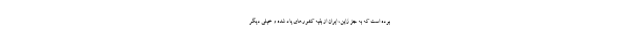
بوده است که به جز ژاپن، ایران از بقیه کشورهای یاد شده و خیلی دیگر